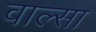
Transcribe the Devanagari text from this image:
वाल्सा